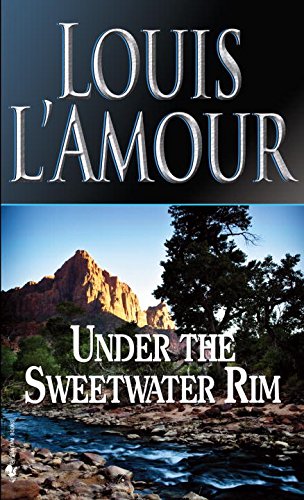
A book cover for Under the Sweetwater Rim; Louis L'Amour; Literature & Fiction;